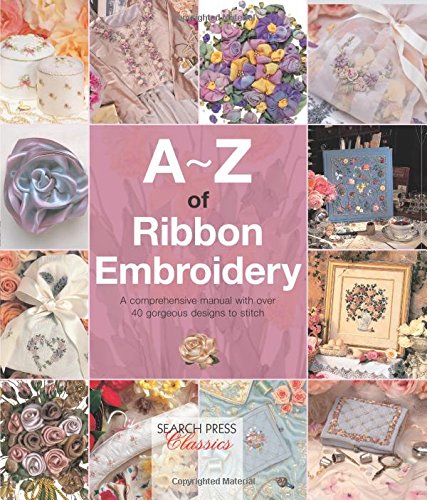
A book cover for A-Z of Ribbon Embroidery: A comprehensive manual with over 40 gorgeous designs to stitch (A-Z of Needlecraft); Crafts, Hobbies & Home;